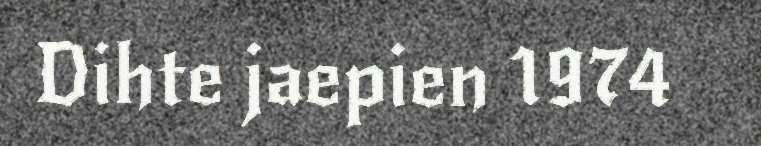
Dihte jaepien 1974